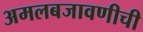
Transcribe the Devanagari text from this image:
अमलबजावणीची